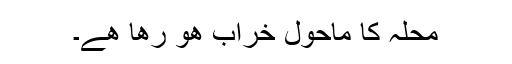
محلہ کا ماحول خراب ھو رھا ھے۔